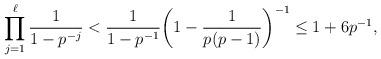
LaTeX: \begin{align*}\prod_{j=1}^\ell \frac1 {1-p^{-j}} < \frac1{1-p^{-1}} \bigg( 1-\frac1{p(p-1)} \bigg)^{-1} \le 1+6p^{-1},\end{align*}